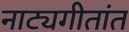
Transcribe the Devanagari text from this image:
नाट्यगीतांत